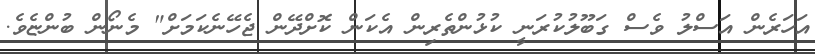
އަހަރެން އަސްލު ވެސް ގަބޫލުކުރަނީ ކުޅުންތެރިން އެކަން ކޮށްދޭން ޖެހޭނެކަމަށް" މެނޯން ބުންޏެވެ.